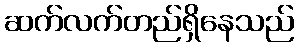
ဆက်လက်တည်ရှိနေသည်